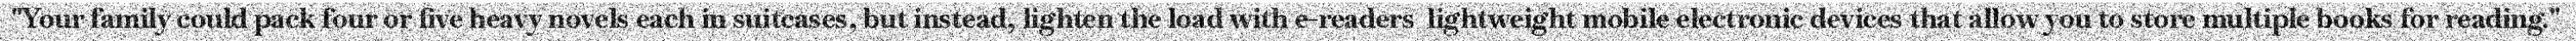
"Your family could pack four or five heavy novels each in suitcases, but instead, lighten the load with e-readers  lightweight mobile electronic devices that allow you to store multiple books for reading."